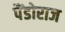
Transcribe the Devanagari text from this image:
पैंडोराज